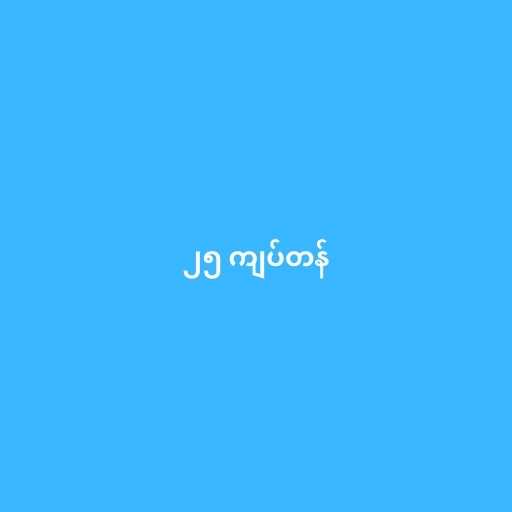
၂၅ ကျပ်တန်